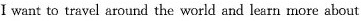
I want to travel around the world and learn more about